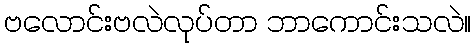
ဗလောင်းဗလဲလုပ်တာ ဘာကောင်းသလဲ။